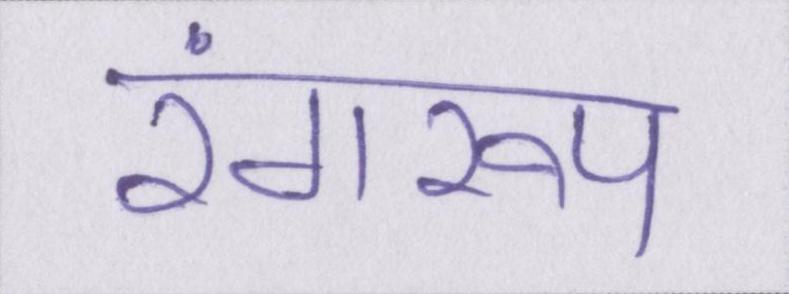
रंगरूप